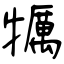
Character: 犡